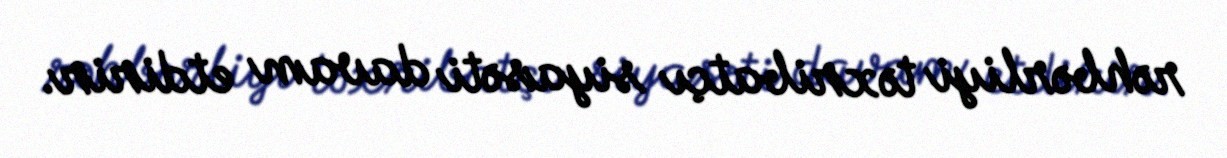
rəhbərliyi təxribatçı siyasəti davam etdirir.